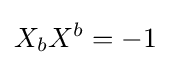
{X_{b}}{X^{b}}=-1